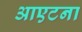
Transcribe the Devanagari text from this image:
आएटना